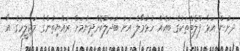
ދަށުން އަޅާ ފްލެޓްތަކުގެ ބައެއް ހުޅުމާލެ އަށް ބަދަލުކޮށްދިނުމަށް ރައްޔިތުންގެ މަޖިލީހުގެ އާ